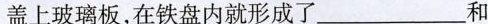
盖上玻璃板，在铁盘内就形成了___和